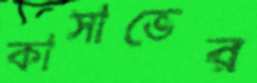
কাসাভের